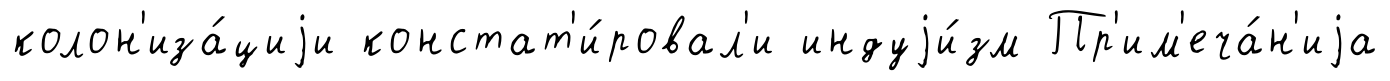
колон'иза́циjи констат'и́ровал'и индуjи́зм Пр'им'еча́н'иjа